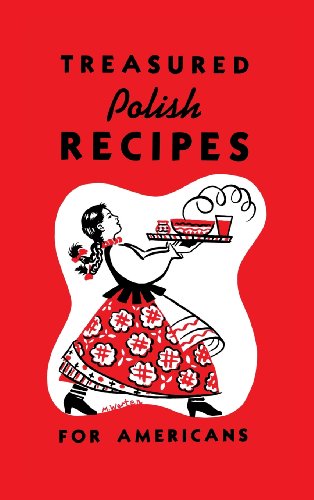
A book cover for Treasured Polish Recipes for Americans; Cookbooks, Food & Wine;